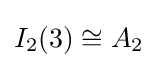
I_{2}(3)\cong A_{2}